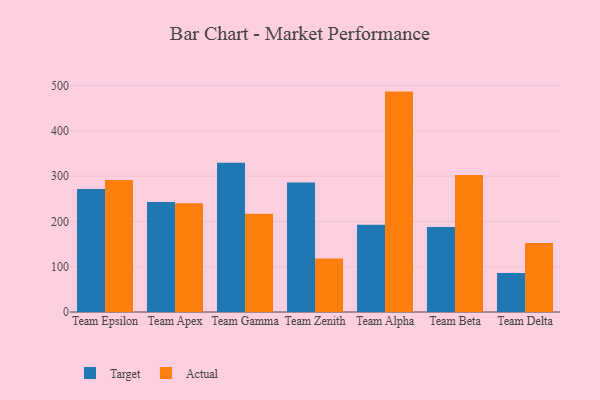
{"axis": {"x": "Team", "y": "Inventory Turnover"}, "legend": ["Actual", "Target"], "data": [{"x": "Team Epsilon", "y": 271.6, "type": "Target"}, {"x": "Team Epsilon", "y": 291.6, "type": "Actual"}, {"x": "Team Apex", "y": 243.1, "type": "Target"}, {"x": "Team Apex", "y": 240.4, "type": "Actual"}, {"x": "Team Gamma", "y": 329.8, "type": "Target"}, {"x": "Team Gamma", "y": 217.2, "type": "Actual"}, {"x": "Team Zenith", "y": 286.1, "type": "Target"}, {"x": "Team Zenith", "y": 118.2, "type": "Actual"}, {"x": "Team Alpha", "y": 192.4, "type": "Target"}, {"x": "Team Alpha", "y": 486.7, "type": "Actual"}, {"x": "Team Beta", "y": 187.9, "type": "Target"}, {"x": "Team Beta", "y": 302.3, "type": "Actual"}, {"x": "Team Delta", "y": 86.2, "type": "Target"}, {"x": "Team Delta", "y": 152.4, "type": "Actual"}]}